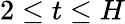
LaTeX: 2\leq t\leq H